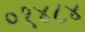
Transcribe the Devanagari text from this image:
०१४८४